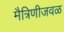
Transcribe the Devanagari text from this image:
मैत्रिणीजवळ